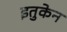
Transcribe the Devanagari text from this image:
इतुकेन